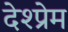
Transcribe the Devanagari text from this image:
देश्प्रेम